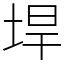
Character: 垾